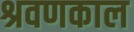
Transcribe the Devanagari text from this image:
श्रवणकाल